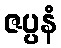
ဇပ္ပနံ